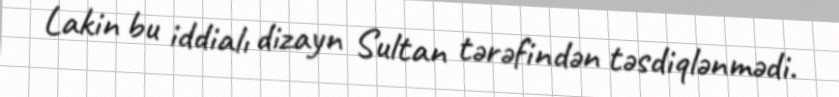
Lakin bu iddialı dizayn Sultan tərəfindən təsdiqlənmədi.